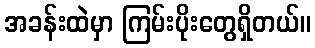
အခန်းထဲမှာ ကြမ်းပိုးတွေရှိတယ်။